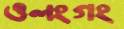
ওলংগং